Report on vaccination in Madras 1922-1929 - 1922-1929
Year: 1922
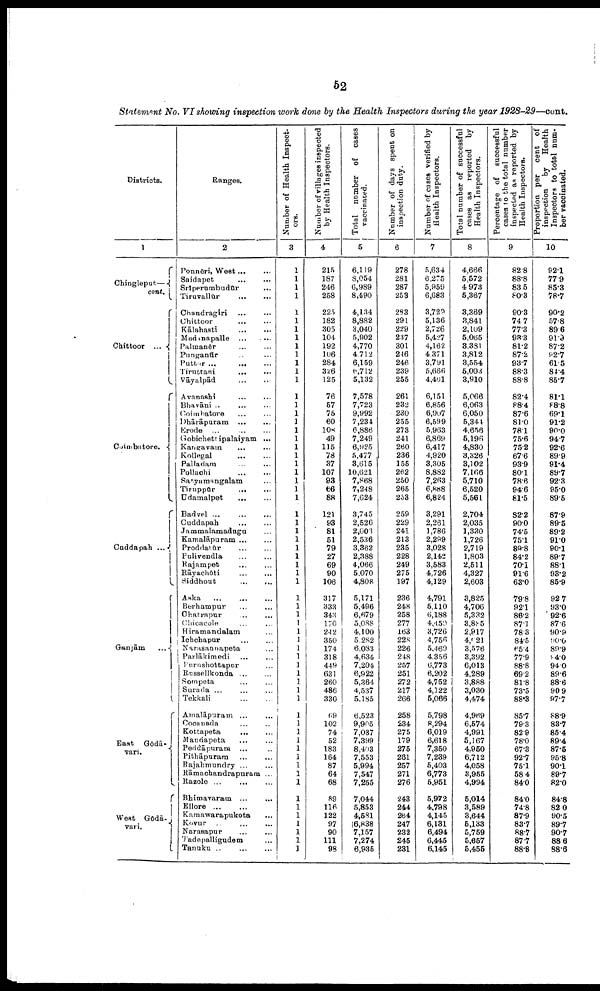
52
Statement No. VI showing inspection work done by the Health Inspectors during the year 1928-29—cont.
Districts.
1
Chingleput—
cont.
Chittoor ...
Coimbatore.
Cuddapah ...
Ganjām
...
East
Gōdā¬
vari.
West
Gōdā¬
vari.
Ranges.
2
Ponnēri, West … …
Saidapet … …
Sriperumbudūr …
Tiruvallūr
…
…
Chandragiri
…
…
Chittoor … …
Kālahasti
…
…
Madanapalle … …
Palmanēr … …
Punganūr … …
Putter
…
…
…
Tiruttani
…
…
Vāyalpād
...
...
Avanashi ... ...
Bhavāni ... … …
Coimbatore … …
Dhārāpuram
…
…
Erode ...
…
…
Gobichettipalaiyam ...
Kaugavam … …
Kollegal
…
…
Palladam
…
…
Pollachi
…
…
Satyamangalam …
Tiruppūr
... ...
Udamalpet
...
...
Badvel
...
...
...
Cuddapah
...
...
Jammalamadugu ...
Kamalāpuram … …
Proddatūr
…
…
Pulivendla
…
…
Rajampet
…
…
Rāyachōti ... …
Siddhout … …
Aska … … …
Berhampur … …
Chatrapur … …
Chicacole … …
Hiramandalam …
Ichchapur
…
…
Narasannapeta …
Parlākimedi … …
Purushottapur … …
Russellkonda ... …
Sompeta
…
…
Surada ... … …
Tekkali
…
…
Amalāpuram ... ...
Cocanada
…
…
Kottapeta
... …
Maudapeta … …
Peddāpuram ... …
Pithāpuram
…
…
Rajalimundry ... …
Rāmachandrapuram ...
Razole ...
…
…
Bhimavaram ... ...
Ellore
...
...
Kamawarapukota ...
Kovur
...
...
Narasapur
...
...
Tadepalligudem ...
Tanuku
... ... ...
Number of Health Inspect
ors.
3
1
1
1
1
1
1
1
1
1
1
1
1
1
1
1
1
1
1
1
1
1
1
1
1
1
1
1
1
1
1
1
1
1
1
1
1
1
1
1
1
1
1
1
1
1
1
1
1
1
1
1
1
1
1
1
1
1
1
1
1
1
1
1
1
Number of villages inspected
by Health Inspectors.
4
215
187
246
258
225
182
305
104
192
106
284
326
125
76
57
75
60
108
49
115
78
37
107
93
66
88
121
93
81
51
79
27
69
90
106
317
333
348
170
242
350
174
318
449
631
260
486
330
69
102
74
52
183
164
87
64
68
89
116
122
97
90
111
98
Total number of cases
vaccinated.
5
6,119
8,054
6,989
8,490
4,134
8,882
3,040
5,902
4,770
4,712
6,159
6,712
5,132
7,578
7,723
9,992
7,234
6,886
7,249
6,925
5,477
8,615
10,621
7,868
7,248
7,624
3,745
2,626
2,001
2,536
3,362
2,388
4,066
5,070
4,808
5,171
5,496
6,679
5,088
4,100
5,282
6,033
4,634
7,204
6,922
5,364
4,537
5,185
6,523
9,905
7,037
7,399
8,403
7,553
5,994
7,547
7,255
7,044
5,853
4,581
6,838
7,157
7,274
6,935
Number of days spent on
inspection duty.
6
278
281
287
253
293
291
229
237
301
246
246
239
255
261
232
230
255
273
241
260
236
155
262
250
265
233
259
229
241
213
235
228
249
275
197
236
248
258
277
163
228
226
248
257
251
272
217
266
258
234
275
179
275
261
257
271
276
243
244
264
247
232
245
231
Number of cases verified by
Health Inspectors.
7
5,634
6,275
5,959
6,683
3,729
5,136
2,726
5,427
4,162
4 371
3,791
5,666
4,40l
6,151
6,856
6,907
6,599
5,963
6,869
6,417
4,920
3,305
8,882
7,263
6,888
6,824
3,291
2,261
1,786
2,299
3,028
2,142
3,583
4,726
4,129
4,791
5,110
6,188
4,459
3,726
4,756
5,469
4,356
6,773
6,202
4,752
4,122
5,066
5,798
8,294
6,019
6,618
7,350
7,239
5,403
6,773
5,951
5,972
4,798
4,145
6,131
6,494
6,445
6,145
Total number of successful
cases as reported by
Health Inspectors.
8
4,666
5,572
4 973
5,367
3,369
3,841
2,109
5,065
3,381
3,812
3,554
5,003
3,910
5,066
6,063
6,050
5,344
4,656
5,196
4,830
3,326
3,102
7,166
5,710
6,520
5,561
2,704
2,035
1,330
1,726
2,719
1,803
2,511
4,327
2,603
3,825
4,706
5,332
3,895
2,917
4,921
3,576
3,392
6,013
4,289
3,888
3,030
4,474
4,969
6,574
4,991
5,167
4,950
6,712
4,058
3,965
4,994
5,014
3,589
3,644
5,133
5,759
5,657
5,455
Percentage of successful
cases to the total number
inspected as reported by
Health Inspectors.
9
82.8
88.8
83.5
80.3
90.3
74.7
77.3
93.3
81.2
87.2
93.7
88.3
88.8
82.4
88.4
87.6
81.0
78.1
75.6
75.2
67.6
93.9
80.1
78.6
94.6
81.5
82.2
90.0
74.5
75.1
89.8
84.2
70.1
91.6
63.0
79.8
92.1
86.2
87.1
78.3
84.5
65.4
77.9
88.8
69.2
81.8
73.5
88.3
85.7
79.3
82.9
78.0
67.3
92.7
75.1
58.4
84.0
84.0
74.8
87.9
83.7
88.7
87.7
88.8
Proportion per cent of
inspection by Health
Inspectors to total num
ber vaccinated.
10
92.1
77.9
85.3
78.7
90.2
57.8
89.6
91.9
87.2
82.7
61.5
84.4
85.7
81.1
88.8
69.1
91.2
90.0
94.7
92.6
89.9
91.4
89.7
92.3
95.0
89.5
87.9
89.5
89.2
91.0
90.1
89.7
88.1
93.2
85.9
92.7
93.0
92.6
87.6
90.9
90.0
89.9
94.0
94.0
89.6
88.6
90.9
97.7
88.9
83.7
85.4
89.4
87.5
95.8
90.1
89.7
82.0
84.8
82.0
90.5
89.7
90.7
88.6
88.6